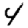
Digit: 4